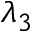
\lambda _ { 3 }